Report on the administration of the Government Cinchona Department 1892-98
Year: 1892
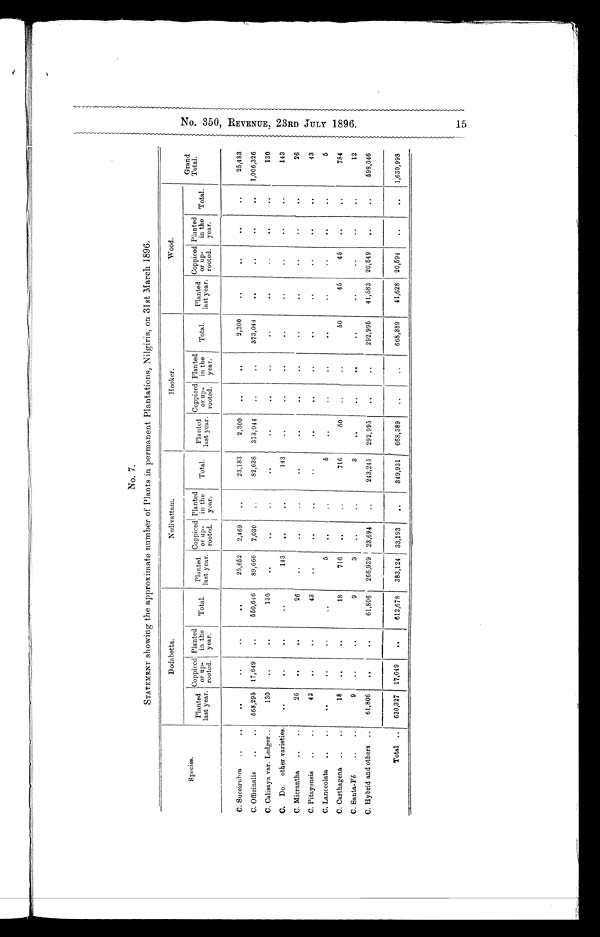
No. 7.
STATEMENT showing the approximate number of' Plants in permanent Plantations, Nilgiris, on 31st March 1896,
Species.
Dodabetta.
Nedivattam.
Hooker.
Wood.
Planted
last year.
Coppiced
or up-
rooted.
Planted
in the
year.
Total.
Planted.
last year.
Coppiced
or up-
rooted.
Planted
in the
year.
Total.
Planted
last year '
Coppiced
or up-
rooted.
Planted
in the
year.
Total.
Planted
last year '
Coppiced
or up-
rooted.
Planted
in the
year.
Total.
Grand
Total.
C. Succirubra
..
..
. . • •
• •
..
25,652
2,469
..
23,183
2,300
..
. .
2,300
..
..
. .
..
25,483
C. Officinalis
..
..
5 6 8 , 2 9 5 17,649
, .
550,646
89,666
7,030
82,636
373,044
..
..
373,044
..
..
. .1,006,326
C. Calisaya var. Ledger..
130
..
..
130
00
. .
..
. .
..
..
I
..
..
..
..
..
. .
130
C.
Do.
other varieties.
..
..
..
..
1 4 3
. .
..
143
..
..
..
. .
•
..
•
..
143
C. Micrantha
..
..
26
..
.4
26
..
..
..
..
..
..
..
..
..
..
..
26
C. Pitayensis
..
..
43
..
..
43
..
..
..
..
. .
04
..
..
..
..
..
. .
43
C. Lanceolata
..
..
..
..
.
..
5
..
5
..
..
..
• .
..
..
..
..
5
C. Carthagena
..
..
18
..
..
18
716
..
..
716
50
..
•
..
50
45
45
..
..
784
C. Santa-Fé
..
..
9
..
• •
9
3
..
..
3
00
..
..
..
..
..
..
..
12
C. Hybrid and others ..
61,806
..
• •
61,806
266,939
23,694
..
243,245
292,995
..
• -
292,995
41,583
20,549
..
..
598,046
Total
..
630,327
17,649
..
612,678
383,124
33,193
..
349,931
668,389
..
. .
668,389
41,628
20,594
..
..
1,630,998
N o . 3 5 0 , R E V E N U E , 2 3 R D J U L Y 1 8 9 6 . 1 5